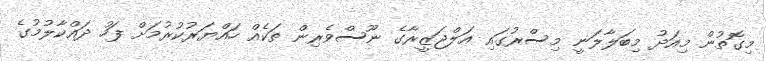
މިގޮތުން މިއަދު މިބަލާލަނީ މިސްރުގައި އަލްޖަޒީރާގެ ނޫސްވެރިން ތަކެއް ހައްޔަރުކުރުމަށް ފަހު ދައްކާލުމުގެ